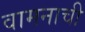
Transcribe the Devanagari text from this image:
वामनाची